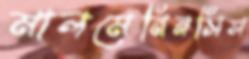
মালমেনিনসিস